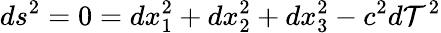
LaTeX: ds^{2}=0=dx_{1}^{2}+dx_{2}^{2}+dx_{3}^{2}-c^{2}d\mathcal{T}^{2}